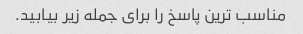
مناسب ترین پاسخ را برای جمله زیر بیابید.